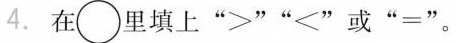
4. 在\circ 里填上“>” “<”或“=”。